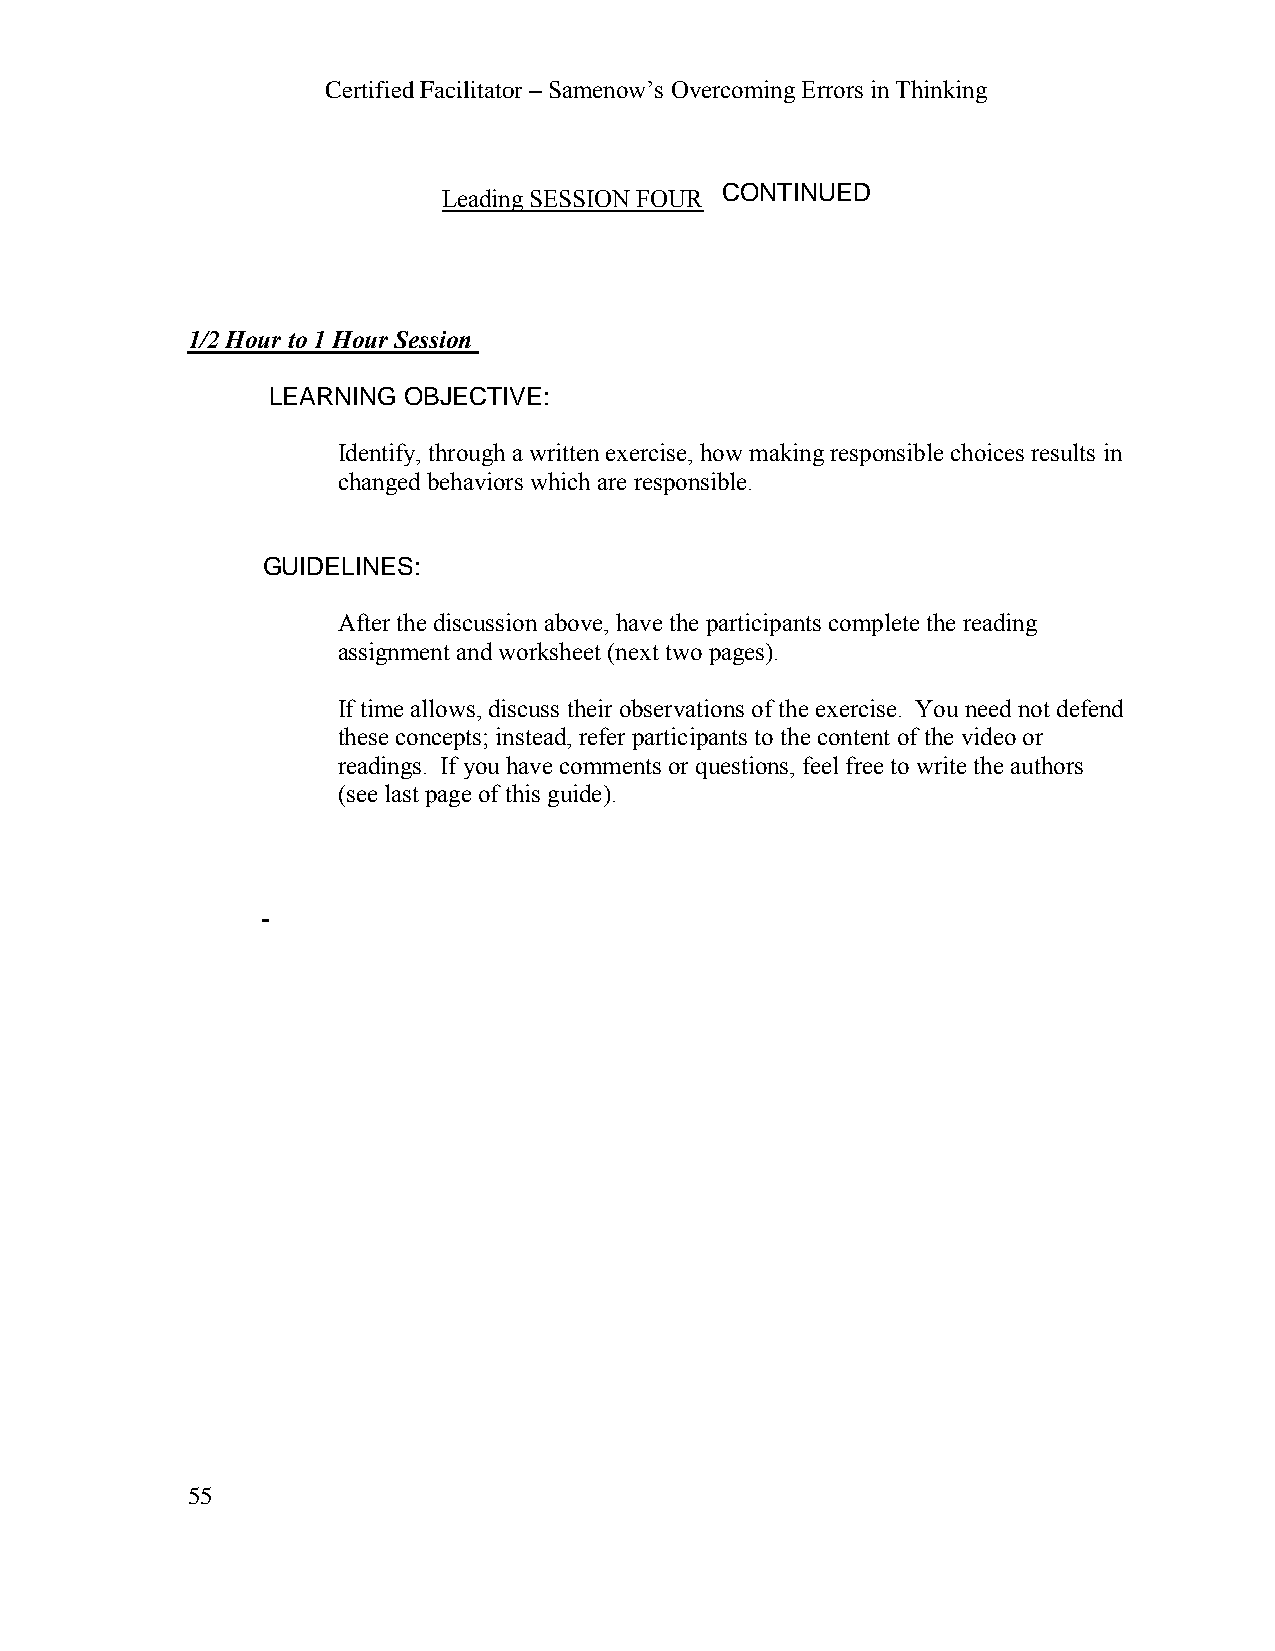
Certified Facilitator – Samenow’s Overcoming Errors in Thinking
 CONTINUED
 Leading SESSION FOUR
 1/2 Hour to 1 Hour Session
 LEARNING OBJECTIVE:
 Identify, through a written exercise, how making responsible choices results in
 changed behaviors which are responsible.
 GUIDELINES:
 After the discussion above, have the participants complete the reading
 assignment and worksheet (next two pages).
 If time allows, discuss their observations of the exercise. You need not defend
 these concepts; instead, refer participants to the content of the video or
 readings. If you have comments or questions, feel free to write the authors
 (see last page of this guide).
 55